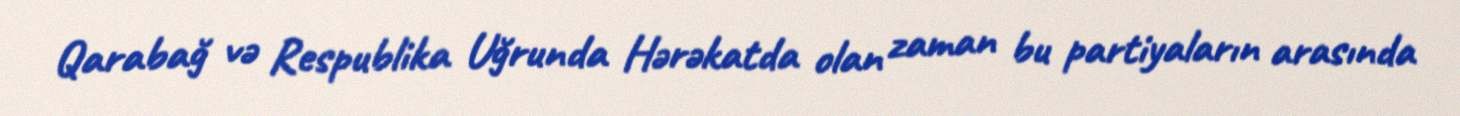
Qarabağ və Respublika Uğrunda Hərəkatda olan zaman bu partiyaların arasında